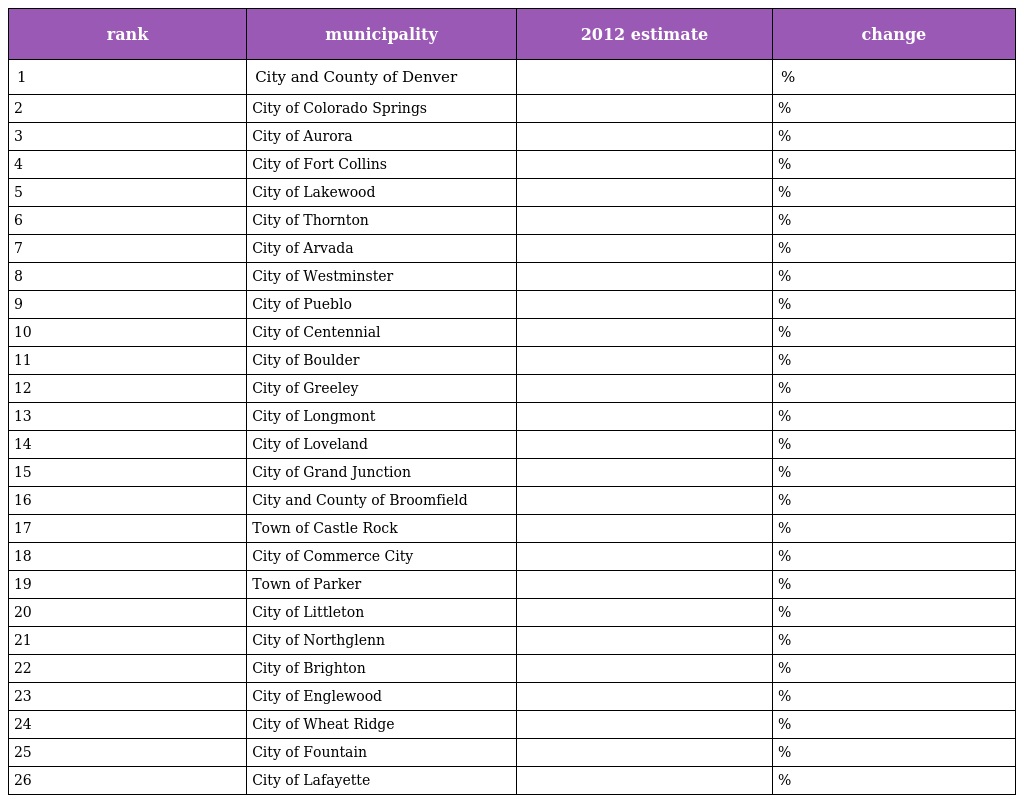
| rank | municipality | 2012 estimate | change |
 | --- | --- | --- | --- |
 | 1 | City and County of Denver |  | % |
 | 2 | City of Colorado Springs |  | % |
 | 3 | City of Aurora |  | % |
 | 4 | City of Fort Collins |  | % |
 | 5 | City of Lakewood |  | % |
 | 6 | City of Thornton |  | % |
 | 7 | City of Arvada |  | % |
 | 8 | City of Westminster |  | % |
 | 9 | City of Pueblo |  | % |
 | 10 | City of Centennial |  | % |
 | 11 | City of Boulder |  | % |
 | 12 | City of Greeley |  | % |
 | 13 | City of Longmont |  | % |
 | 14 | City of Loveland |  | % |
 | 15 | City of Grand Junction |  | % |
 | 16 | City and County of Broomfield |  | % |
 | 17 | Town of Castle Rock |  | % |
 | 18 | City of Commerce City |  | % |
 | 19 | Town of Parker |  | % |
 | 20 | City of Littleton |  | % |
 | 21 | City of Northglenn |  | % |
 | 22 | City of Brighton |  | % |
 | 23 | City of Englewood |  | % |
 | 24 | City of Wheat Ridge |  | % |
 | 25 | City of Fountain |  | % |
 | 26 | City of Lafayette |  | % |